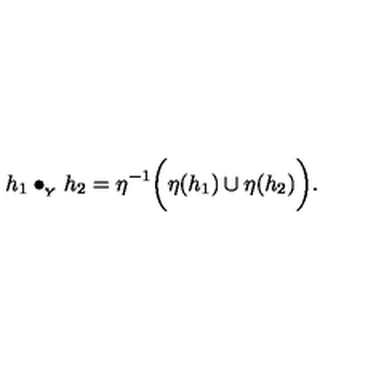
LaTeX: h _ { 1 } \bullet _ { { } _ { Y } } h _ { 2 } = \eta ^ { - 1 } \bigg ( \eta ( h _ { 1 } ) \cup \eta ( h _ { 2 } ) \bigg ) .